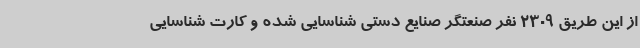
از این طریق 2309 نفر صنعتگر صنایع دستی شناسایی شده و کارت شناسایی